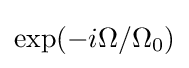
\exp(-i\Omega /\Omega _{0})